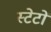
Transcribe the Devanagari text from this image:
स्टेटों